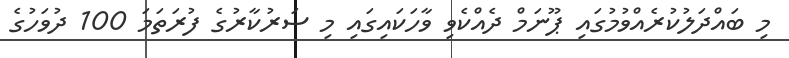
މި ބައްދަލުކުރެއްވުމުގައި ޕޫނަމް ދެއްކެވި ވާހަކައިގައި މި ސަރުކާރުގެ ފުރަތަމަ 100 ދުވަހުގެ